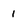
Character: 1